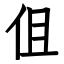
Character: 伹